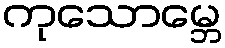
ကုသောမ္ဘေ